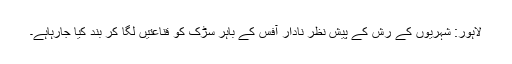
لاہور: شہریوں کے رش کے پیش نظر نادار آفس کے باہر سڑک کو قناعتیں لگا کر بند کیا جارہاہے۔